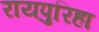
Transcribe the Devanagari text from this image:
रायपुरिहा